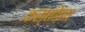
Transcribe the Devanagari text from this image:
कस्तोझा